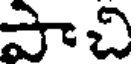
పాచి